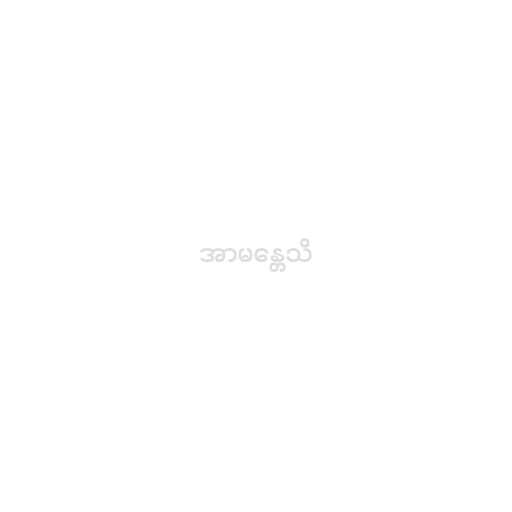
အာမန္တေသိ